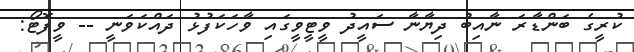
ކުރީގެ ބަންޑާރަ ނާއިބު ދިޔާނާ ސައީދު ވީޓީވީގައި ވާހަކަފުޅު ދައްކަވަނީ -- ވީފޮޓޯ: